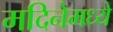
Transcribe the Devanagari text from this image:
मदिनेमध्ये